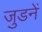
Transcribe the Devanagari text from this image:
जुडनें